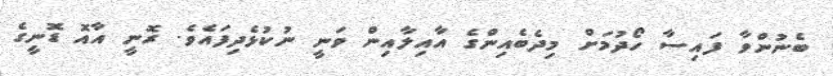
ބެނުންވާ ފައިސާ ހޯދުމަށް މިދެބެއިންގެ އާއިލާއިން ވަނީ ނުކުޅެެދިފައެވެ. ރޮނީ އާއޮ ޑޮނީގެ